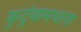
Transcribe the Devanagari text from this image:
कुटुंबामधला